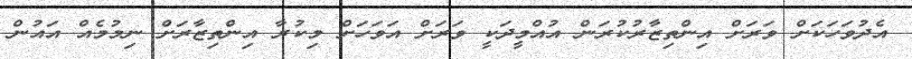
އެދުވަހަކަށް ވަރަށް އިންތިޒާރުކުރަން އުއްމީދަކީ ވަރަށް އަވަހަށް މިކުރާ އިންތިޒާރަށް ނިމުމެއް އައުން